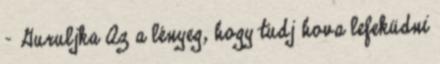
- Guruljka Az a lényeg, hogy tudj hova lefeküdni